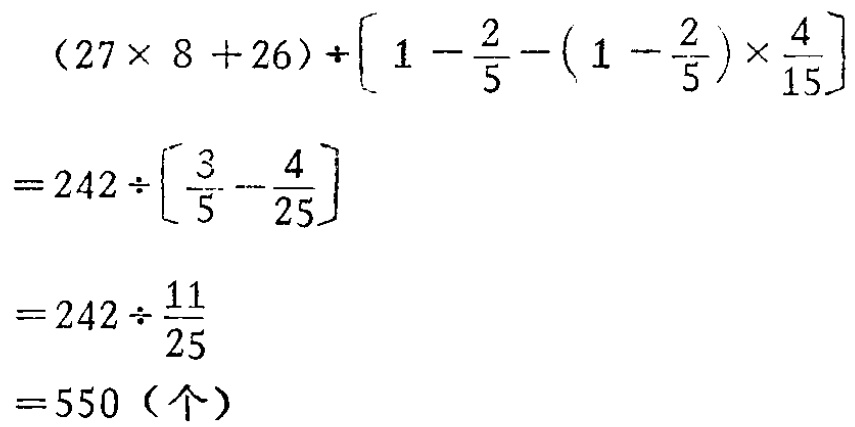
\[

\begin{align*}

&(27\times 8 + 26)\div\left[1 - \frac{2}{5} - \left(1 - \frac{2}{5}\right)\times\frac{4}{15}\right]\\

=&242\div\left[\frac{3}{5} - \frac{4}{25}\right]\\

=&242\div\frac{11}{25}\\

=&550 \text{（个）}

\end{align*}

\]